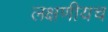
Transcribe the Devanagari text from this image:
लक्षणीयच